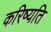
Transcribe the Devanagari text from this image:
करिष्यति